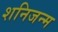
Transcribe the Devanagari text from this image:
शनिजन्म